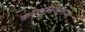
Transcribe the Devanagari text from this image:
कॉम्युनिकेशन्स